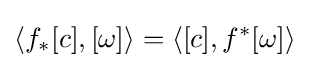
\left\langle f_{*}[c],[\omega ]\right\rangle =\left\langle [c],f^{*}[\omega ]\right\rangle